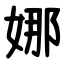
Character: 娜